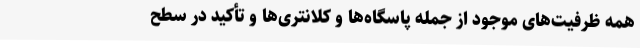
همه ظرفیت‌های موجود از جمله پاسگاه‌ها و کلانتری‌ها و تأکید در سطح